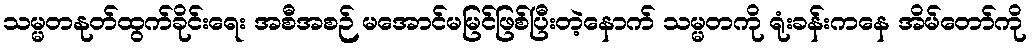
သမ္မတနုတ်ထွက်ခိုင်းရေး အစီအစဉ် မအောင်မမြင်ဖြစ်ပြီးတဲ့နောက် သမ္မတကို ရုံးခန်းကနေ အိမ်တော်ကို